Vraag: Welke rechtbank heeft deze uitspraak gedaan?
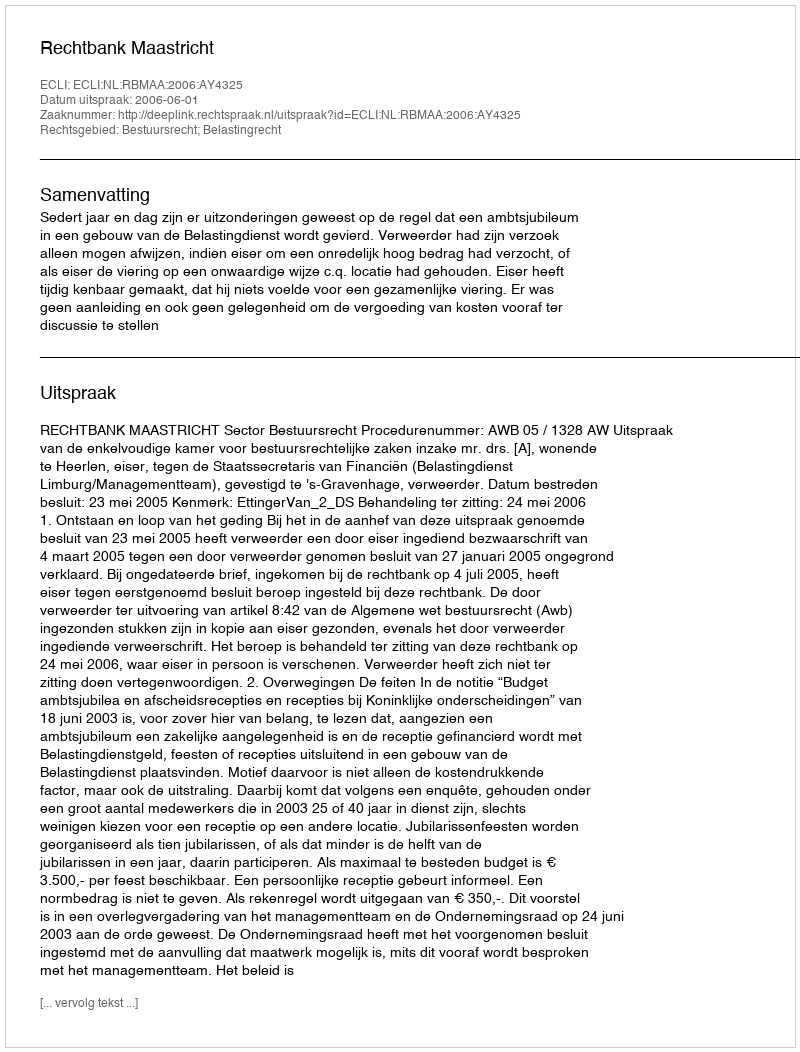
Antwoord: Rechtbank Maastricht